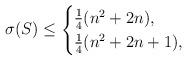
LaTeX: \begin{align*}\sigma(S)\leq \begin{cases}\frac{1}{4}(n^2+2n), &\\\frac{1}{4}(n^2+2n+1), &\end{cases}\end{align*}